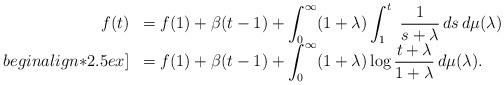
LaTeX: \begin{align*}\begin{array}{rl}f(t)&=\displaystyle f(1)+\beta(t-1)+\int_0^\infty (1+\lambda)\int_1^t\ \frac{1}{s+\lambda}\,ds\,d\mu(\lambda)\\begin{align*}2.5ex]&=\displaystyle f(1)+\beta(t-1)+\int_0^\infty (1+\lambda)\log\frac{t+\lambda}{1+\lambda}\,d\mu(\lambda).\end{array}\end{align*}